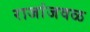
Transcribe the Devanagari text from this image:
राजांजवळ